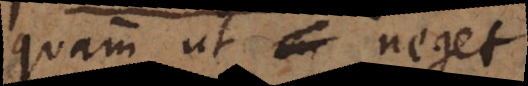
quam ut neget